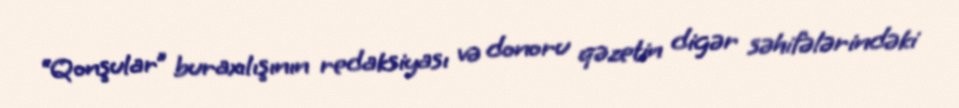
“Qonşular” buraxılışının redaksiyası və donoru qəzetin digər səhifələrindəki